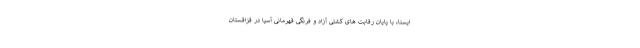
ایسنا، با پایان رقابت های کشتی آزاد و فرنگی قهرمانی آسیا در قزاقستان